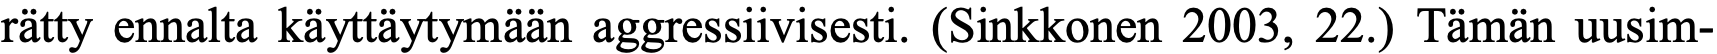
rätty ennalta käyttäytymään aggressiivisesti. (Sinkkonen 2003, 22.) Tämän uusim-